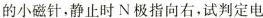
的小磁针，静止时N极指向右，试判定电